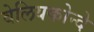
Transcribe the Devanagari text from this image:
वेलियकोन्दे